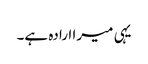
یہی میرا ارادہ ہے۔